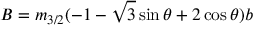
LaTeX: B = m _ { 3 / 2 } ( - 1 - \sqrt { 3 } \sin \theta + 2 \cos \theta ) \l { b }